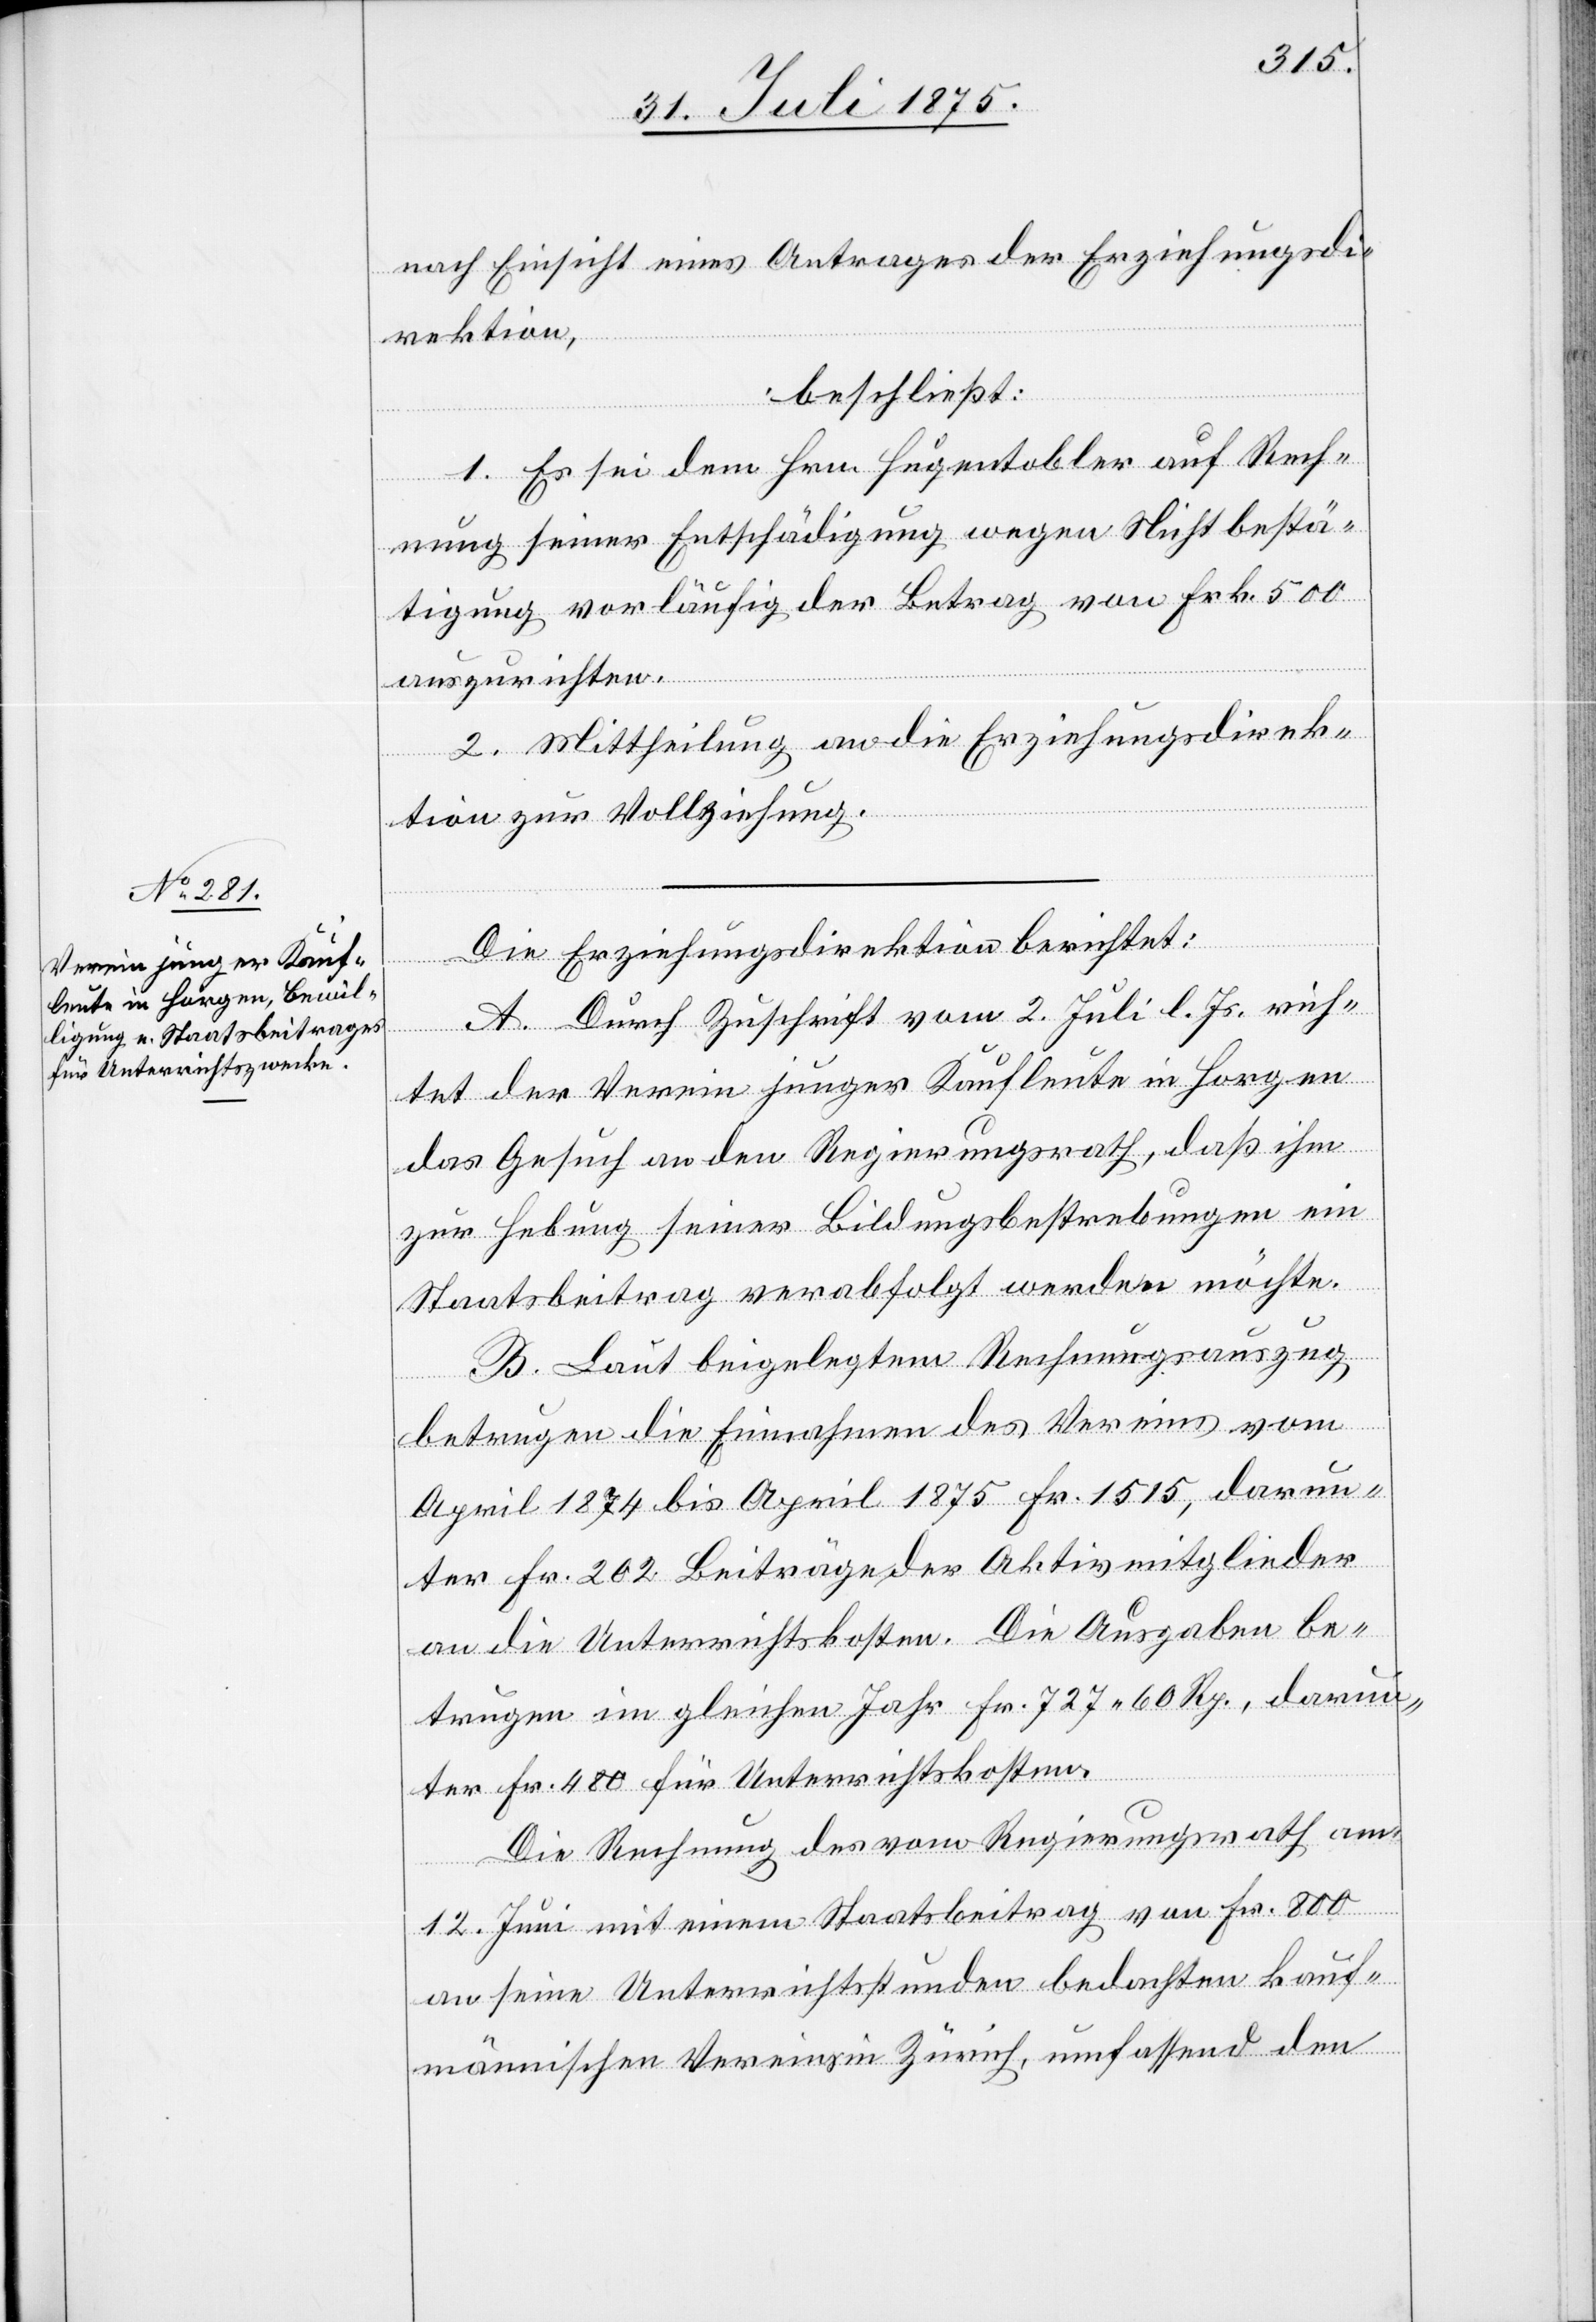
nach Einsicht eines Antrages der Erziehungsdi¬
rektion,
beschließt:
1. Es sei dem Hrn. Hugentobler auf Rech¬
nung seiner Entschädigung wegen Nichtbestä¬
tigung vorläufig der Betrag von Frk. 500
auszurichten.
2. Mittheilung an die Erziehungsdirek¬
tion zur Vollziehung.
Die Erziehungsdirektion berichtet:
A. Durch Zuschrift vom 2. Juli l. Js. rich¬
tet der Verein junger Kaufleute in Horgen
das Gesuch an den Regierungsrath, daß ihm
zur Hebung seiner Bildungsbestrebungen ein
Staatsbeitrag verabfolgt werden möchte.
B. Laut beigelegtem Rechnungsauszug
betrugen die Einnahmen des Vereines vom
April 1874 bis April 1875 Fr. 1515, darun¬
ter Fr. 202 Beiträge der Aktivmitglieder
an die Unterrichtskosten Die Ausgaben be¬
trugen im gleichen Jahr Fr. 727 60 Rp., darun¬
ter Fr. 480 für Unterrichtskosten.
Die Rechnung des vom Regierungsrath am
12. Juni mit einem Staatsbeitrag von Fr. 8000
an seine Unterrichtsstunden bedachten kauf¬
männischen Vereins Zürich, umfassend den